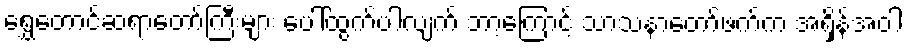
ရွှေတောင်ဆရာတော်ကြီးများ ပေါ်ထွက်ပါလျက် ဘာ့ကြောင့် သာသနာတော်ဖက်က အရှိန်အဝါ